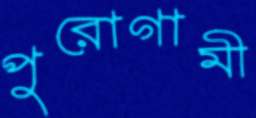
পুরোগামী